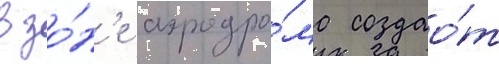
в зо́н'е аэродро́ма создао́т